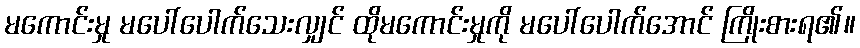
မကောင်းမှု မပေါ်ပေါက်သေးလျှင် ထိုမကောင်းမှုကို မပေါ်ပေါက်အောင် ကြိုးစားရ၏။